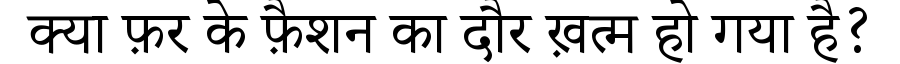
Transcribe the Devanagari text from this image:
क्या फ़र के फ़ैशन का दौर ख़त्म हो गया है?